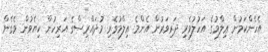
އެހެންކަމުން ޢިލްމުގެ އަހުލުވެރި ދަރިވަރުން އެންމެ ޢިލްމުވެރި މުދައްރިސްގެ އަރިހުން ކިޔެވުން ވެގެން